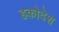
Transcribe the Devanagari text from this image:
हकोदेश